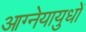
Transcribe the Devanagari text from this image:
आग्नेयायुधों